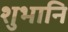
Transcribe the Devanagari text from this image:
शुभानि